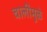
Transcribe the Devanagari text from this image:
चालींमुळे